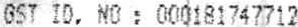
GST ID. NO : 000181747712